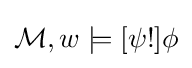
{\mathcal {M}},w\models [\psi !]\phi